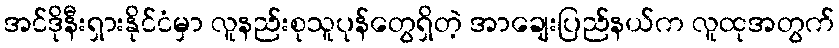
အင်ဒိုနီးရှားနိုင်ငံမှာ လူနည်းစုသူပုန်တွေရှိတဲ့ အာချေးပြည်နယ်က လူထုအတွက်